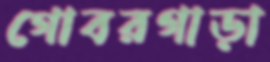
গোবরগাড়া